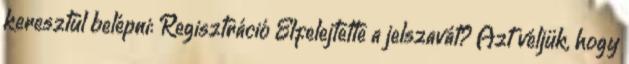
keresztül belépni: Regisztráció Elfelejtette a jelszavát? Azt véljük, hogy